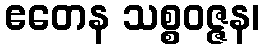
ဧတေန သစ္စဝဇ္ဇန၊